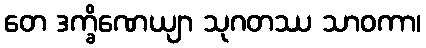
တေ ဒက္ခိဏေယျာ သုဂတဿ သာဝကာ၊